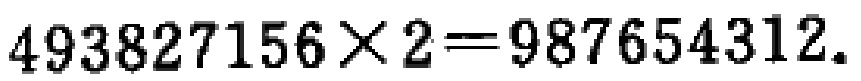
\(493827156\times2 = 987654312\)